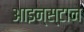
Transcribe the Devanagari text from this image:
आइन्स्टान